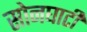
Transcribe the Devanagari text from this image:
सोनघाटी